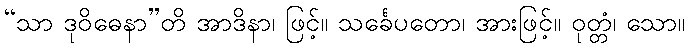
“သာ ဒုဝိဓေနာ”တိ အာဒိနာ၊ ဖြင့်။ သင်္ခေပတော၊ အားဖြင့်။ ဝုတ္တံ၊ သော။